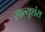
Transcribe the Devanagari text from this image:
साल्युशंस